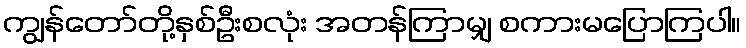
ကျွန်တော်တို့နှစ်ဦးစလုံး အတန်ကြာမျှ စကားမပြောကြပါ။